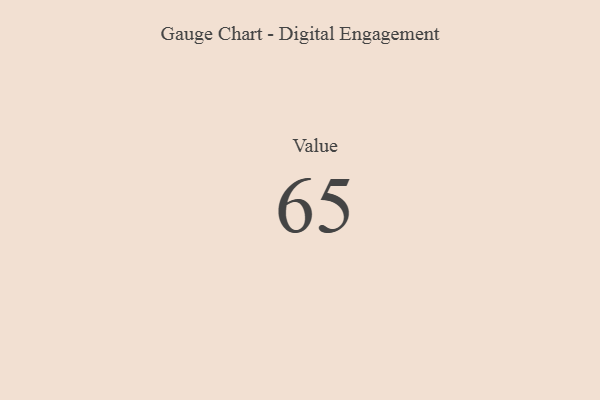
{"axis": {"x": "Metric", "y": "Value"}, "legend": [""], "data": [{"x": "Value", "y": 65, "type": ""}]}